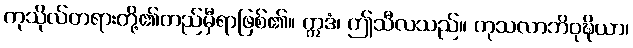
ကုသိုလ်တရားတို့၏တည်မှီရာဖြစ်၏။ ဣဒံ၊ ဤသီလသည်။ ကုသလာဘိဝုဍ္ဎိယာ၊